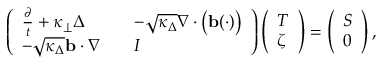
\left( \begin{array} { l l l } { \frac { \partial } { t } + \kappa _ { \perp } \Delta } & & { - \sqrt { \kappa _ { \Delta } } \nabla \cdot \big ( \mathbf { b } ( \cdot ) \big ) } \\ { - \sqrt { \kappa _ { \Delta } } \mathbf { b } \cdot \nabla } & & { I } \end{array} \right) \left( \begin{array} { l } { T } \\ { \zeta } \end{array} \right) = \left( \begin{array} { l } { S } \\ { 0 } \end{array} \right) ,